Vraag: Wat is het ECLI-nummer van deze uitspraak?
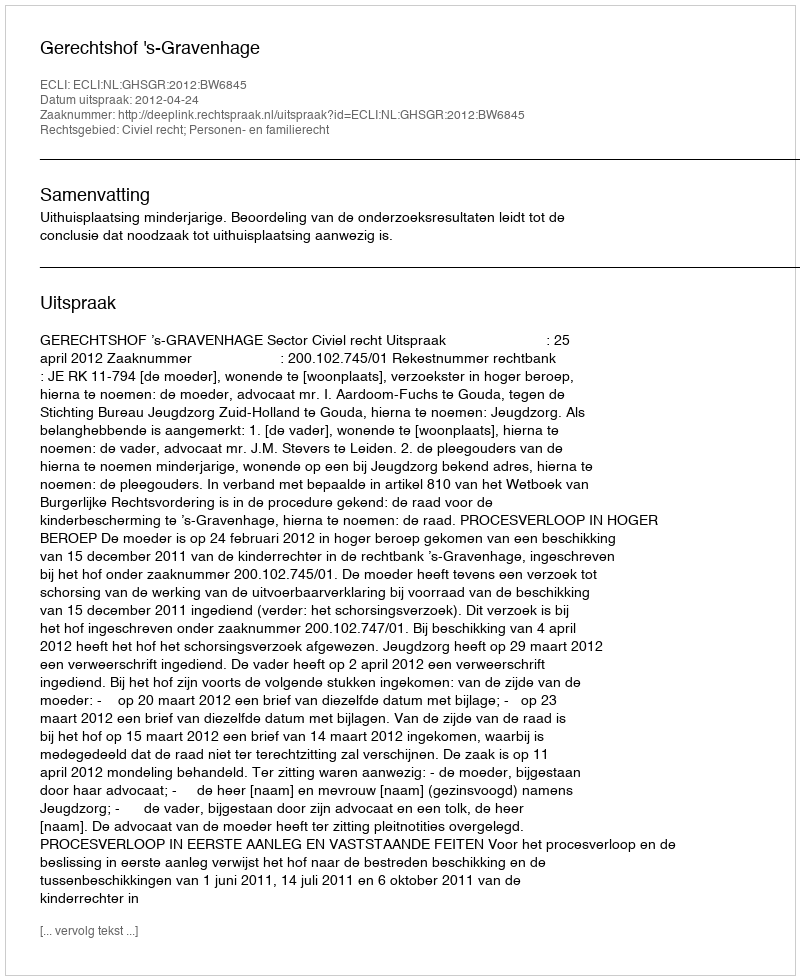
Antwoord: ECLI:NL:GHSGR:2012:BW6845